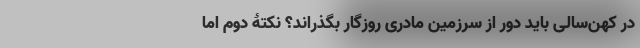
در کهن‌سالی باید دور از سرزمین مادری روزگار بگذراند؟ نکتۀ دوم اما